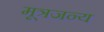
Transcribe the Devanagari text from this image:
मूत्रजन्य